Leaving Certificate Examination, 1921
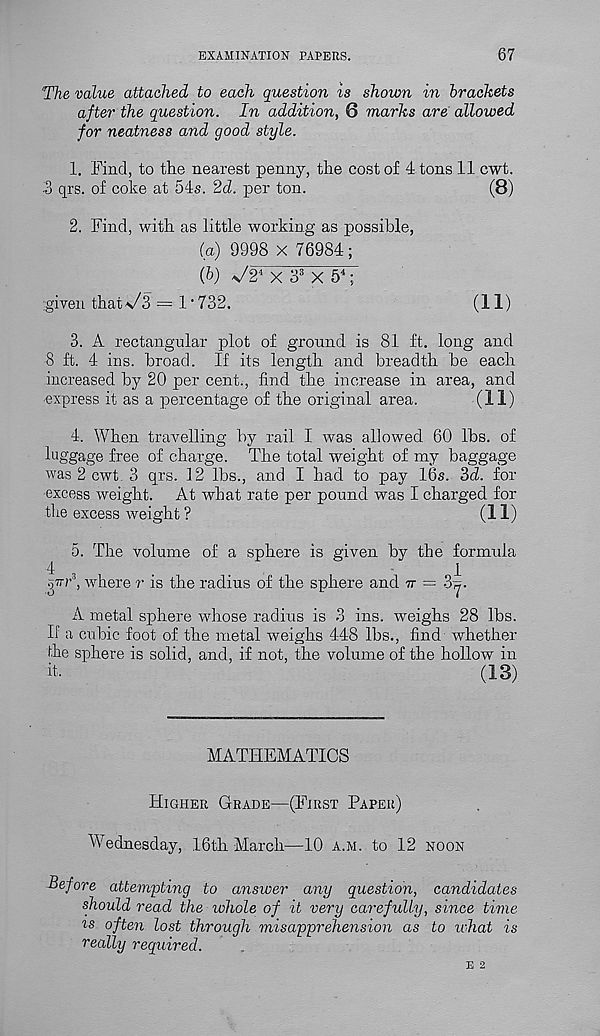
EXAMINATION PAPERS.
67
The value attached to each question is shown in brackets
after the question. In addition, 6 marks are allowed
for neatness and good style.
1. Find, to the nearest penny, the cost of 4 tons 11 cwt.
3 qrs. of coke at 54s. 2d. per ton.
(8)
2. Find, with as little working as possible,
(a) 9998 x 76984;
(b) V2 4 X 3 s X 5 4 ;
.giVen that V3 = 1 • 732,
(11)
3. A rectangular plot of ground is 81 ft. long and
8 ft. 4 ins. broad. If its length and breadth he each
increased by 20 per cent., find the increase in area, and
-express it as a percentage of the original area.
(11)
4. When travelling by rail I was allowed 60 lbs. of
luggage free of charge. The total weight of my baggage
was 2 cwt. 3 qrs. 12 lbs., and I had to pay 16s. 3d. for
excess weight. At what rate per pound was I charged for
the excess weight ?
(11)
5. The volume of a sphere is given by the formula
4
.
.
1
girr 3 , where r is the radius of the sphere and tt = 3^.
A metal sphere whose radius is 3 ins. weighs 28 lbs.
II a cubic foot of the metal weighs 448 lbs., find whether
the sphere is solid, and, if not, the volume of the hollow in
it-
(13)
MATHEMATICS
Higher Grade—(First Paper)
Wednesday, 16th March—10 a.m. to 12 noon
Before attempting to answer any question, candidates
should read the whole of it very carefully, since time
'is often lost through misapprehension as to idiot is
really required.